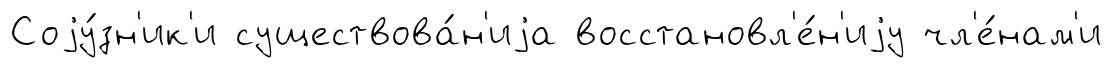
Соjу́зн'ик'и существова́н'иjа восстановл'е́н'иjу чл'е́нам'и